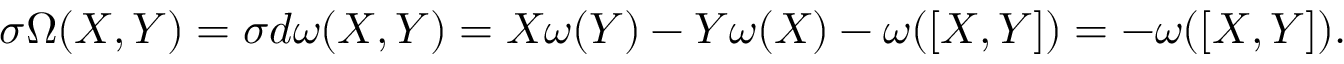
\sigma \Omega ( X , Y ) = \sigma d \omega ( X , Y ) = X \omega ( Y ) - Y \omega ( X ) - \omega ( [ X , Y ] ) = - \omega ( [ X , Y ] ) .